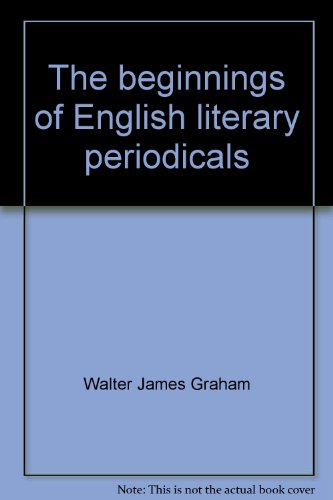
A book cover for The beginnings of English literary periodicals;: A study of periodical literature, 1665-1715,; Walter James Graham; Humor & Entertainment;